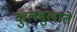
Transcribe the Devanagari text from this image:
कुलबुलाते